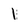
Character: 1